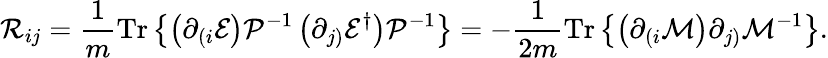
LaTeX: {\cal R}_{ij}=\frac{1}{m}\mathrm{Tr}\left\{ \left(\partial_{(i}{\cal E}\right){\cal P}^{-1}\left(\partial_{j)}{\cal E}^{\dagger}\right){\cal P}^{-1}\right\} =-\frac{1}{2m}\mathrm{Tr}\left\{ \left(\partial_{(i}{\cal M}\right)\partial_{j)}{\cal M}^{-1}\right\} .